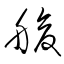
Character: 艙